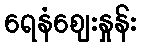
ရေနံဈေးနှုန်း